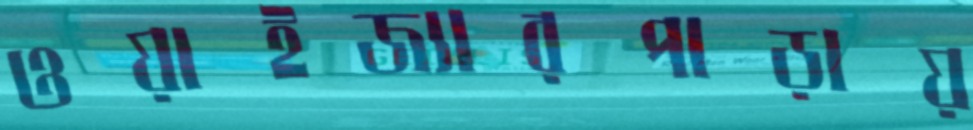
ওয়াইজ্যারপাড়ায়